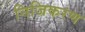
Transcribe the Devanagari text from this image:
निजिकरण